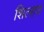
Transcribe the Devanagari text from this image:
शिल्हण